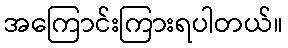
အကြောင်းကြားရပါတယ်။